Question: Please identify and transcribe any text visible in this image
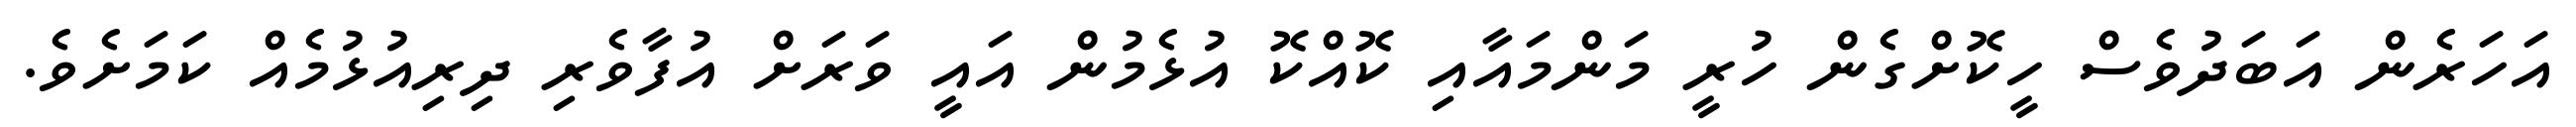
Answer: އަހަރެން އަބަދުވެސް ހީކޮށްގެން ހުރީ މަންމައާއި ކޮއްކޮ އުޅެމުން އައީ ވަރަށް އުފާވެރި ދިރިއުޅުމެއް ކަމަށެވެ.